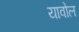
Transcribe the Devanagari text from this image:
यावोल